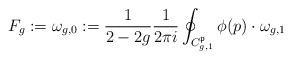
LaTeX: \begin{align*} F_g:=\omega_{g,0}:=\frac{1}{2-2g}\frac{1}{2\pi i}\oint_{C_{g,1}^{\mathfrak{p}}}\phi(p)\cdot\omega_{g,1}\end{align*}